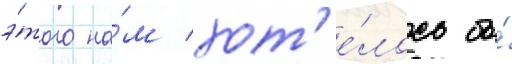
э́того на́м хот'е́лось бы́